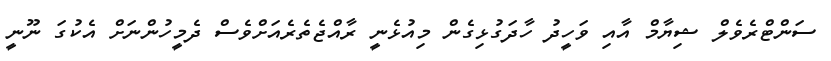
ސަންޓްރެވެލް ޝިޔާމް އާއި ވަހީދު ހާދަގުޅިގެން މިއުޅެނީ ރާއްޖެތެރެއަށްވެސް ދެމީހުންނަށް އެކުގަ ނޫނީ